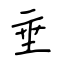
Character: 垂